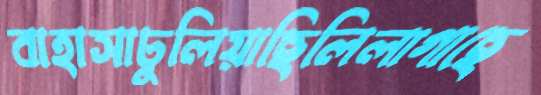
বাহাসাঢুলিয়াছিলিলাগাছে